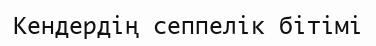
Кендердің сеппелік бітімі